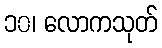
၁၀၊ လောကသုတ်